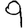
Digit: 9